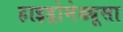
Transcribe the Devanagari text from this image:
हाइड्रोमेड्यूसा